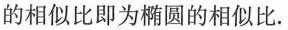
的相似比即为椭圆的相似比.